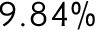
9 . 8 4 \%